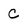
Character: c